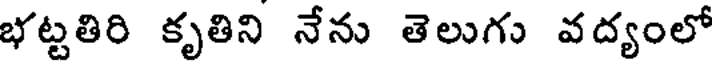
భట్టతిరి కృతిని నేను తెలుగు వద్యంలో